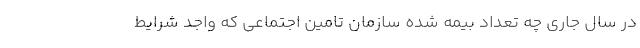
در سال جاری چه تعداد بیمه شده سازمان تامین اجتماعی که واجد شرایط